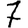
Digit: 7